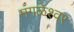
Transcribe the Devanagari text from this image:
मंगळेश्वर